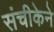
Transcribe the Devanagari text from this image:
संचीकेने